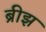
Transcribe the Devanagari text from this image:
ब्रीझ